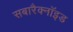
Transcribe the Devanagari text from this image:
सबारैक्नॉइड